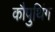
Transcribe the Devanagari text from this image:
कौपुथिंग